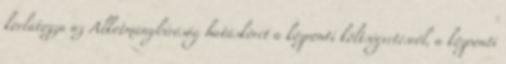
korlátozza az Alkotmánybíróság hatáskörét a központi költségvetésről, a központi